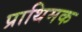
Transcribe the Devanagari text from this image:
प्राथिमक